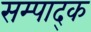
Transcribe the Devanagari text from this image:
सम्पाद्क